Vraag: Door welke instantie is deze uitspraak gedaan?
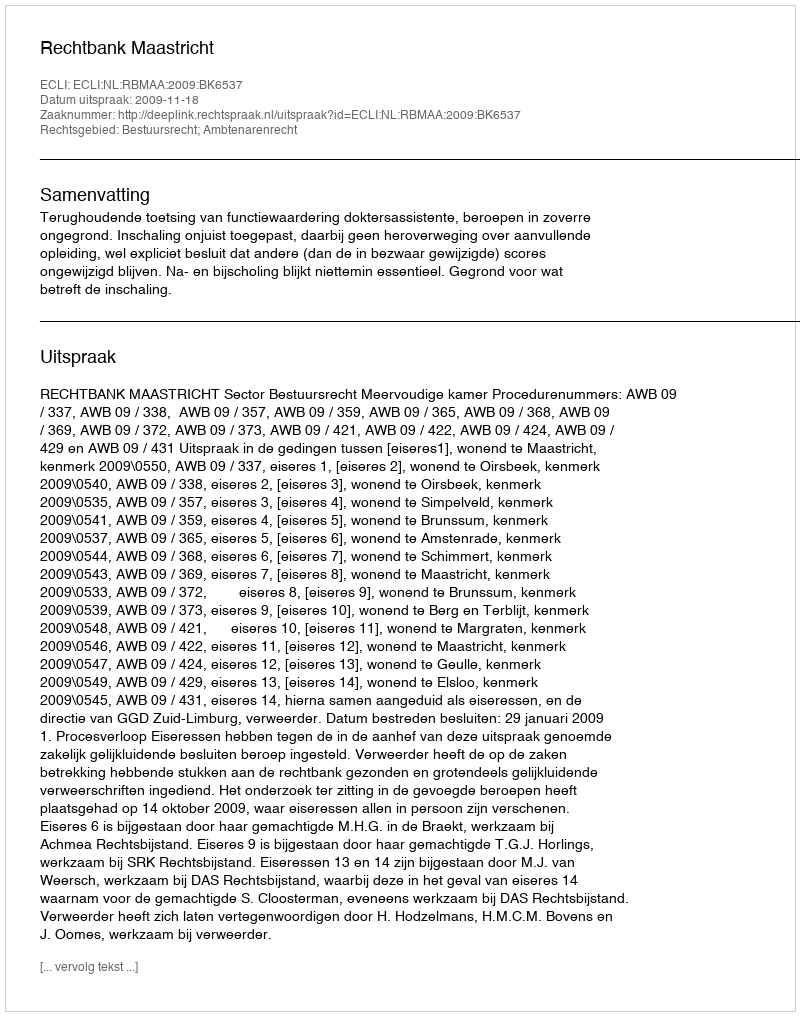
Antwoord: Rechtbank Maastricht